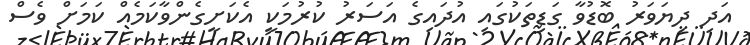
އަދި ދިޔަވަރު ބޮޑުވާ ގަޑިތަކުގައި އުދައިގެ އަސަރު ކުރުމަކީ އެކަށީގެންވާކަމެއް ކަމަށް ވެސް